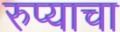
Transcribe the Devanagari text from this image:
रुप्याचा